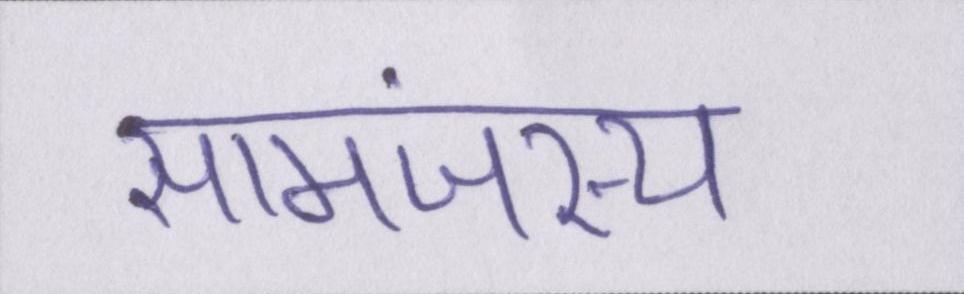
सामंजस्य